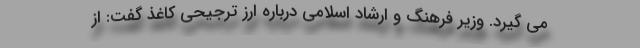
می گیرد. وزیر فرهنگ و ارشاد اسلامی درباره ارز ترجیحی کاغذ گفت: از